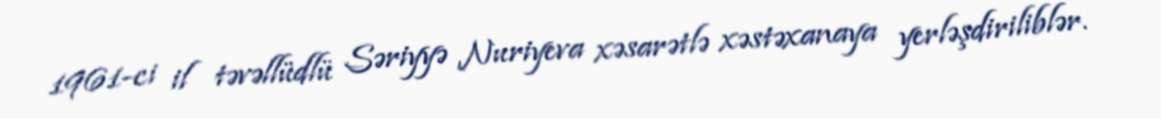
1961-ci il təvəllüdlü Səriyyə Nuriyeva xəsarətlə xəstəxanaya yerləşdiriliblər.